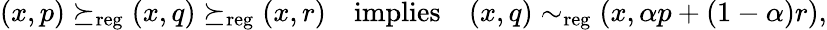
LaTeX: \begin{array}{r}{(x,p)\succeq_{\mathrm{reg}}(x,q)\succeq_{\mathrm{reg}}(x,r)\quad\mathrm{implies}\quad(x,q)\sim_{\mathrm{reg}}(x,\alpha p+(1-\alpha)r),}\end{array}